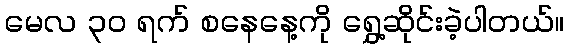
မေလ ၃၀ ရက် စနေနေ့ကို ရွှေ့ဆိုင်းခဲ့ပါတယ်။